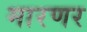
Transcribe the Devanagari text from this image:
मारणर